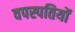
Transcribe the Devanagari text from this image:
वपस्पतियों